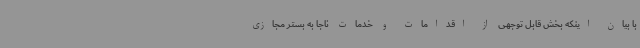
با بیان اینکه بخش قابل توجهی از اقدامات و خدمات ناجا به بستر مجازی